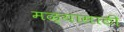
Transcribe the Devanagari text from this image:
मळ्यासाठी